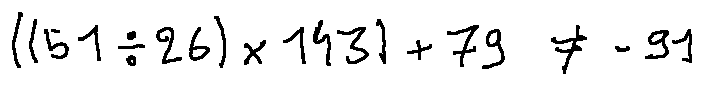
( ( 5 1 \div 2 6 ) \times 1 4 3 ) + 7 9 \neq - 9 1